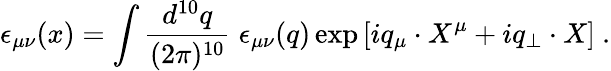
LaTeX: \epsilon_{\mu\nu}(x)=\int\frac{d^{10}q}{(2\pi)^{10}}\; \epsilon_{\mu\nu}(q)\exp\left[iq_{\mu}\cdot X^{\mu}+iq_{\perp}\cdot X\right]\ .